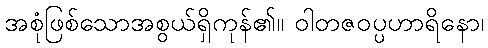
အစုံဖြစ်သောအစွယ်ရှိကုန်၏။ ဝါတဇဝပ္ပဟာရိနော၊